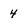
Character: 4